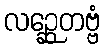
လဉ္ဆေတဗ္ဗံ